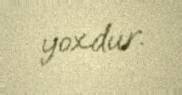
yoxdur.